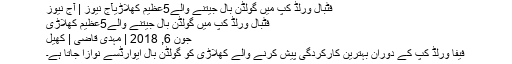
فٹبال ورلڈ کپ میں گولڈن بال جیتنے والے5عظیم کھلاڑیآج نیوز | آج نیوز
فٹبال ورلڈ کپ میں گولڈن بال جیتنے والے5عظیم کھلاڑی
جون 6, 2018 | مہدی قاضی | کھیل
فیفا ورلڈ کپ کے دوران بہترین کارکردگی پیش کرنے والے کھلاڑی کو گولڈن بال ایوارڈسے نوازا جاتا ہے۔